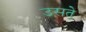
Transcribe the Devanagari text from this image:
उसते